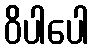
ဝိပါပေါ